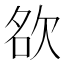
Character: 𭭊